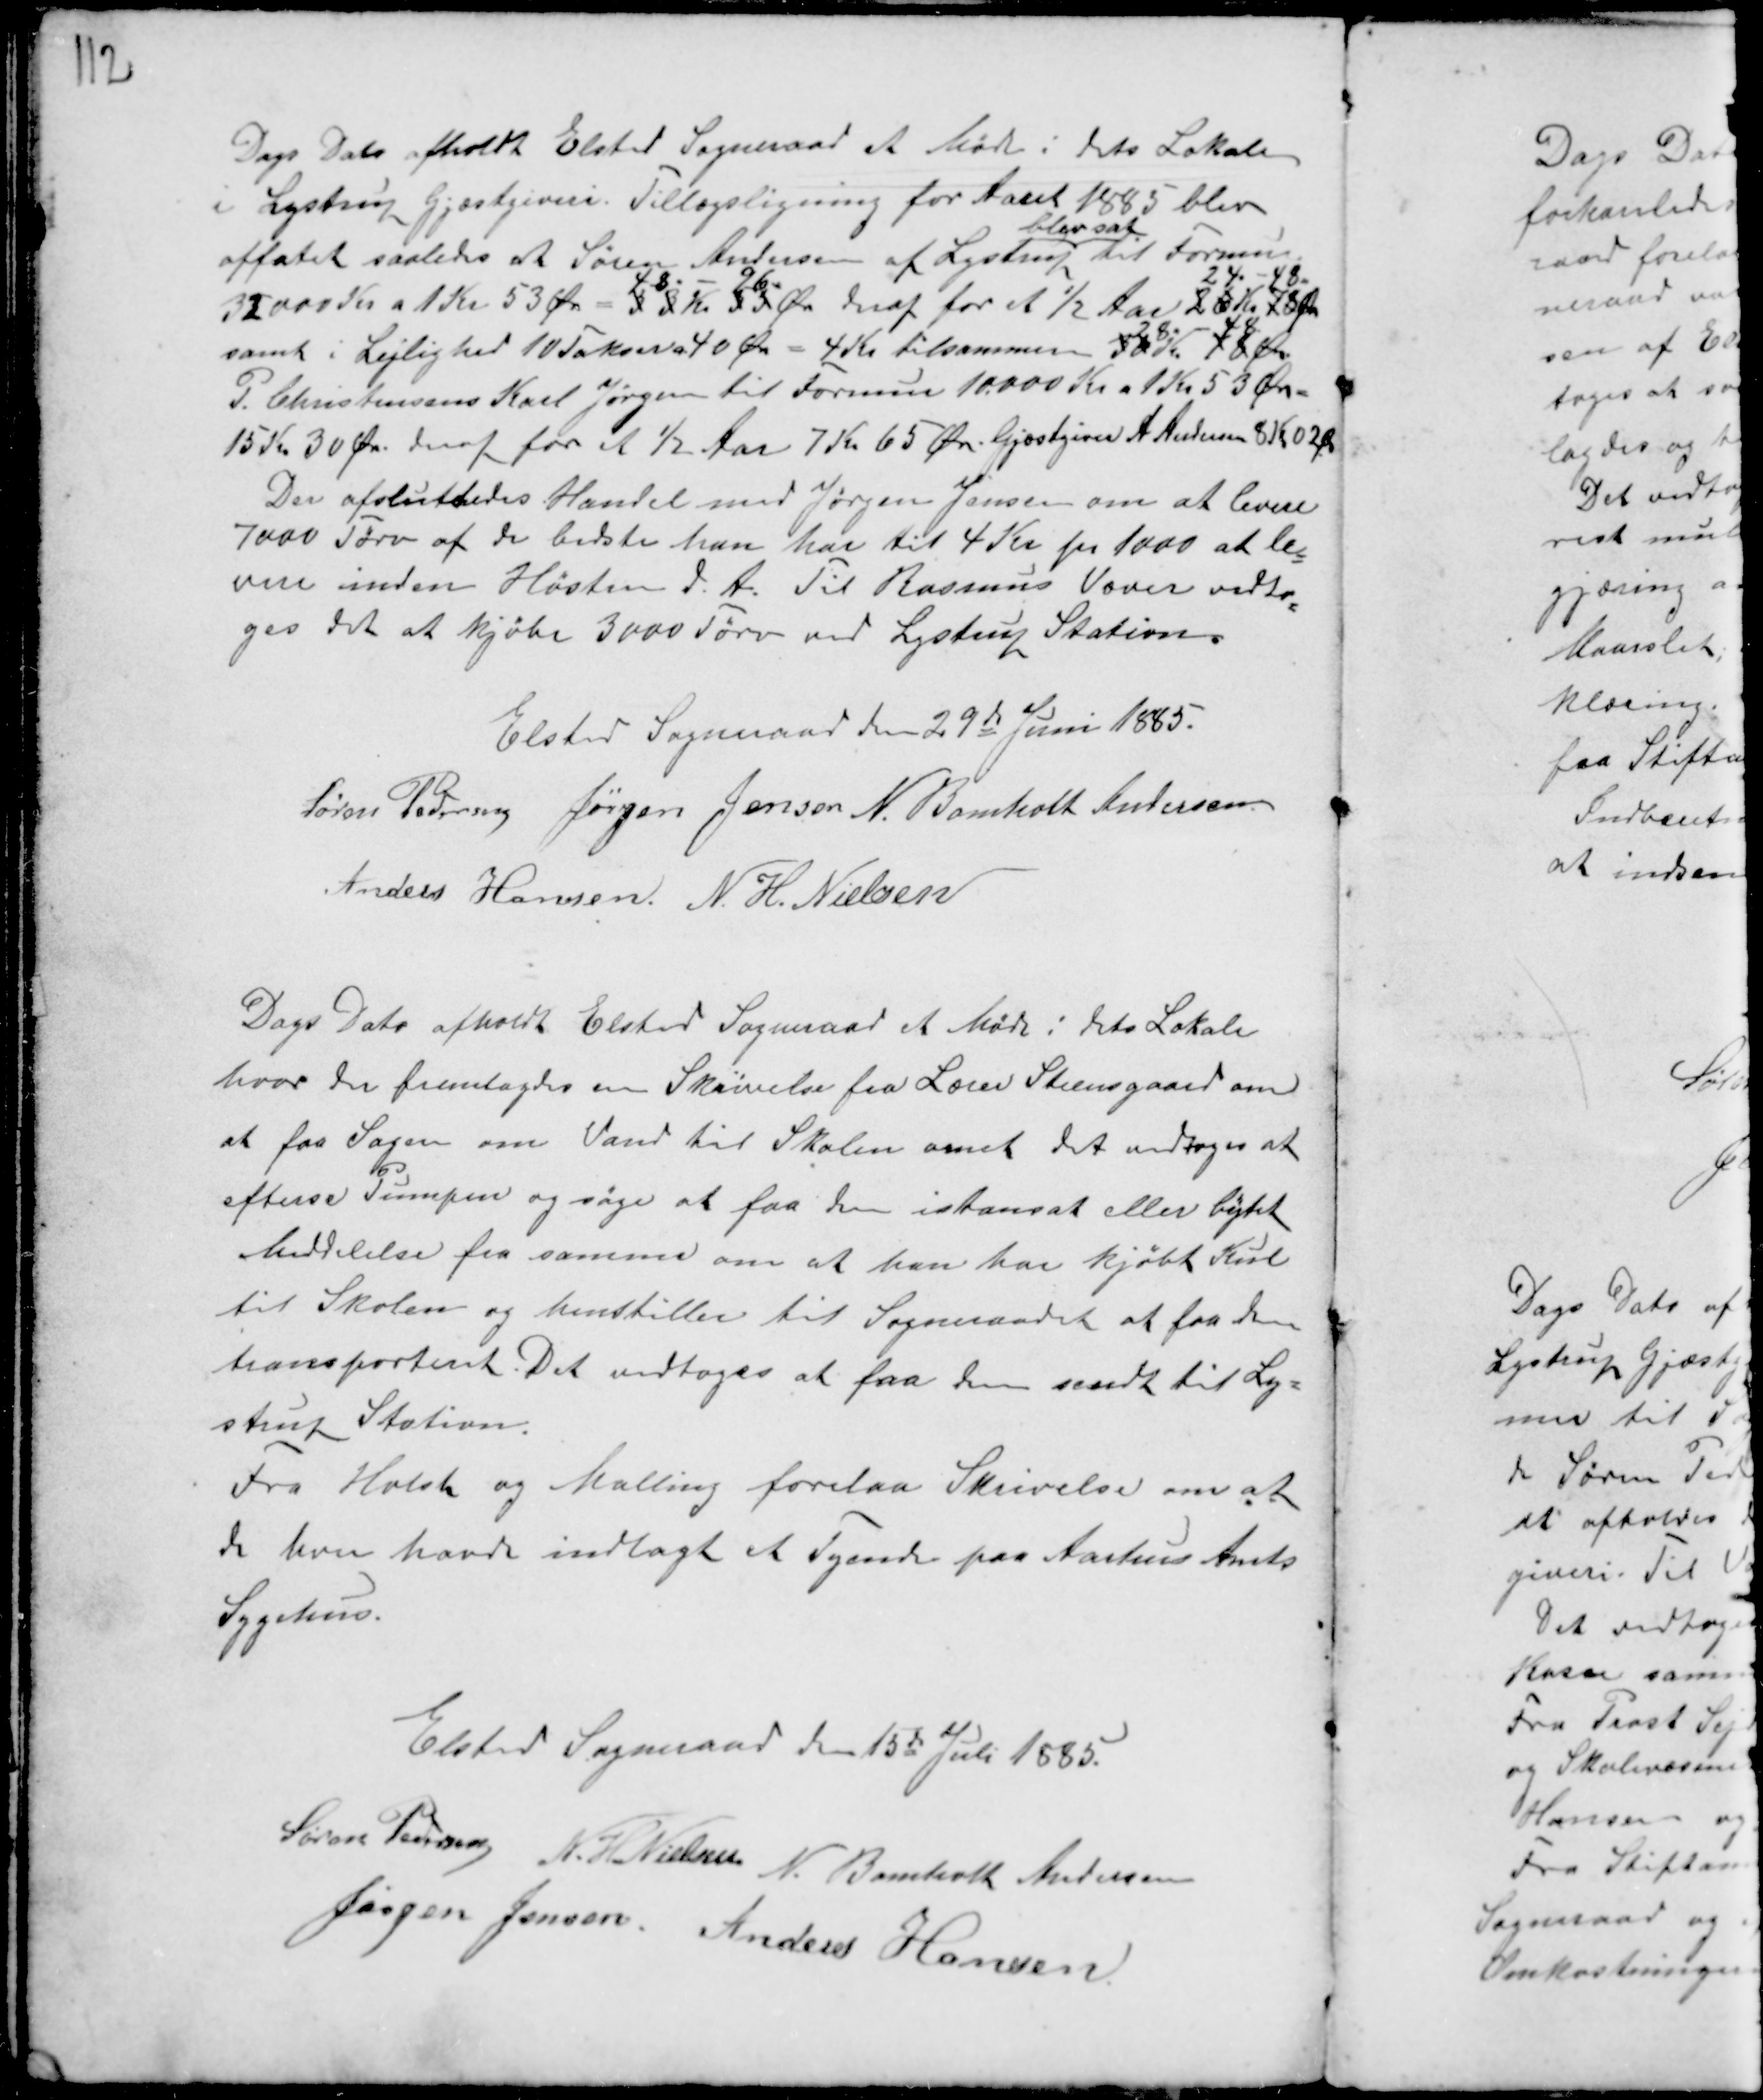
Transskription:
Dags Dato afholdt Elsted Sogneraad et Møde i dets Lokale
i Lystrup Gjæstgiveri. Tillægsligning for Aaret 1885 blev
affatet saaledes at Søren Andersen af Lystrup
blev sat
til Formue
32000 Kr a 1 Kr 53 Ør = 33 Kr 53 Øre
48 " - 96 "
deraf for et ½ Aar 26 Kr 78 Øre
24 " - 48 "
samt i Lejlighed 10 Takser a 40 Øre = 4 Kr tilsammen 30 Kr 78 Øre
28 " - 48 "
P. Christensens Karl Jørgen til Formue 10.000 Kr a 1 Kr 53 Øre -
15 Kr 30 Øre. deraf for et ½ Aar 7 Kr 65 Øre. Gjæstgiver A Andersen 8 Kr 02 Ør.
Der afsluttedes Handel med Jørgen Jensen om at levere
7000 Tørv af de bedste han har til 4 Kr pr 1000 at le-
vere inden Høsten d. A. Til Rasmus Væver vedto-
ges det at kjøbe 3000 Tørv ved Lystrup Station.
Elsted Sogneraad den 29de Juni 1885.
Søren Pedersen Jørgen Jensen N. Bomholt Andersen.
Anders Hansen N. H. Nielsen

Dags Dato afholdt Elsted Sogneraad et Møde i dets Lokale
hvor der fremlagdes en Skrivelse fra Lærer Steensgaard om
at faa Sagen om Vand til Skolen ornet det vedtoges at
efterse Pumpen og søge at faa den istansat eller bytet
Meddelse fra samme om at han har kjøbt Kul
til Skolen og henstillede til Sogneraadet at faa dem
transporteret. Det vedtoges at faa dem sendt til Ly-
strup Station.
Fra Holst og Malling forelaa Skrivelse om at
de hver havde indlagt et Tyende paa Aarhus Amts
Sygehus.

Elsted Sogneraad den 15de Juli 1885.
Søren Pedersen N. H Nielsen N. Bomholt Andersen
Jørgen Jensen. Anders Hansen.